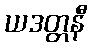
ယဒတ္တနီ